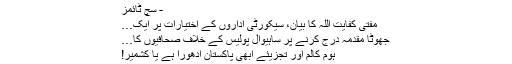
- سچ ٹائمز
مفتی کفایت اللہ کا بیان، سیکورٹی اداروں کے اختیارات پر ایک…
جھوٹا مقدمہ درج کرنے پر ساہیوال پولیس کے خلاف صحافیوں کا…
ہوم کالم اور تجزیئے ابھی پاکستان ادھورا ہے یا کشمیر!